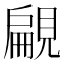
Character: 𧡤